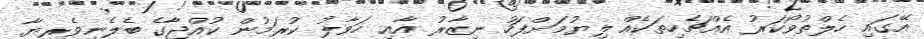
އޭގައި ހެލްތުވޯކަރު އެއްޗެހިތަކެއް ލިޔުމަށްފަހު ނިޒާރު އާއި ހަވާލު ކުރަމުން ކުއްޖާގެ ބެލެނިވެރިޔާ